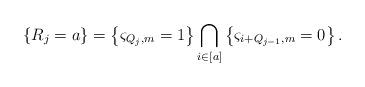
LaTeX: \begin{align*}\left\{R_j=a\right\}=\left\{\varsigma_{Q_{j},m}=1\right\}\bigcap_{i\in [a]}\left\{\varsigma_{i+Q_{j-1},m}=0\right\}.\end{align*}